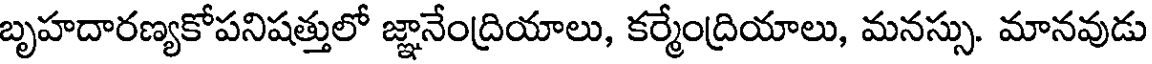
బృహదారణ్యకోపనిషత్తులో జ్ఞానేంద్రియాలు, కర్మేంద్రియాలు, మనస్సు. మానవుడు